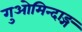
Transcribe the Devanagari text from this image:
गुओमिन्दाङ्ग